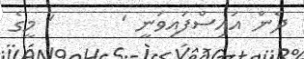
ދެން އައިސްފައިވަނީ '      ' މީގެ